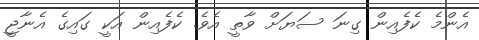
އެންމެ ކެފެއިން ގިނަ ސަޔަށް ވާތީ އެވެ. ކެފެއިން އަކީ ގައިގެ އެނާޖީ